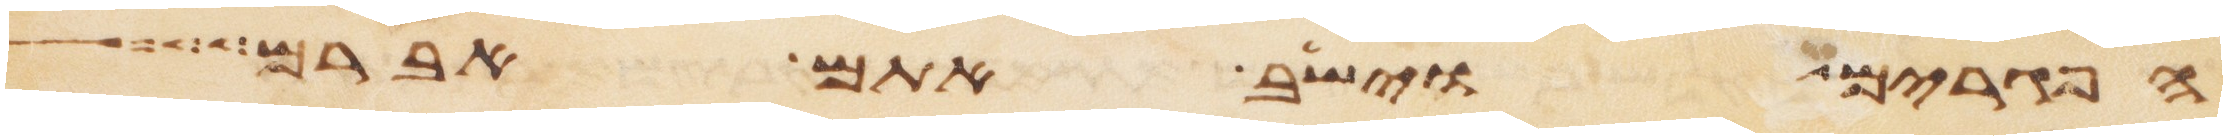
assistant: הפגרים וישב אתם אברם